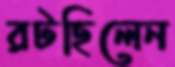
রটছিলেন